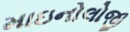
માઇનોલોજી